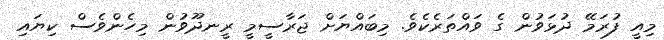
މިއީ ފުރަމޭ ދުޅަވުން ގެ ވައްތަރެކެވެ. މިބައްޔަށް ޖަރާސީމީ ރީނދޫވުން މިހެންވެސް ކިޔައި